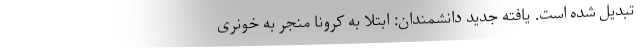
تبدیل شده است. یافته جدید دانشمندان: ابتلا به کرونا منجر به خونری